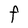
Character: F